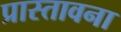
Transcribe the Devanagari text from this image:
प्रास्तावना